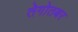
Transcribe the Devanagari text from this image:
तेगोतबर